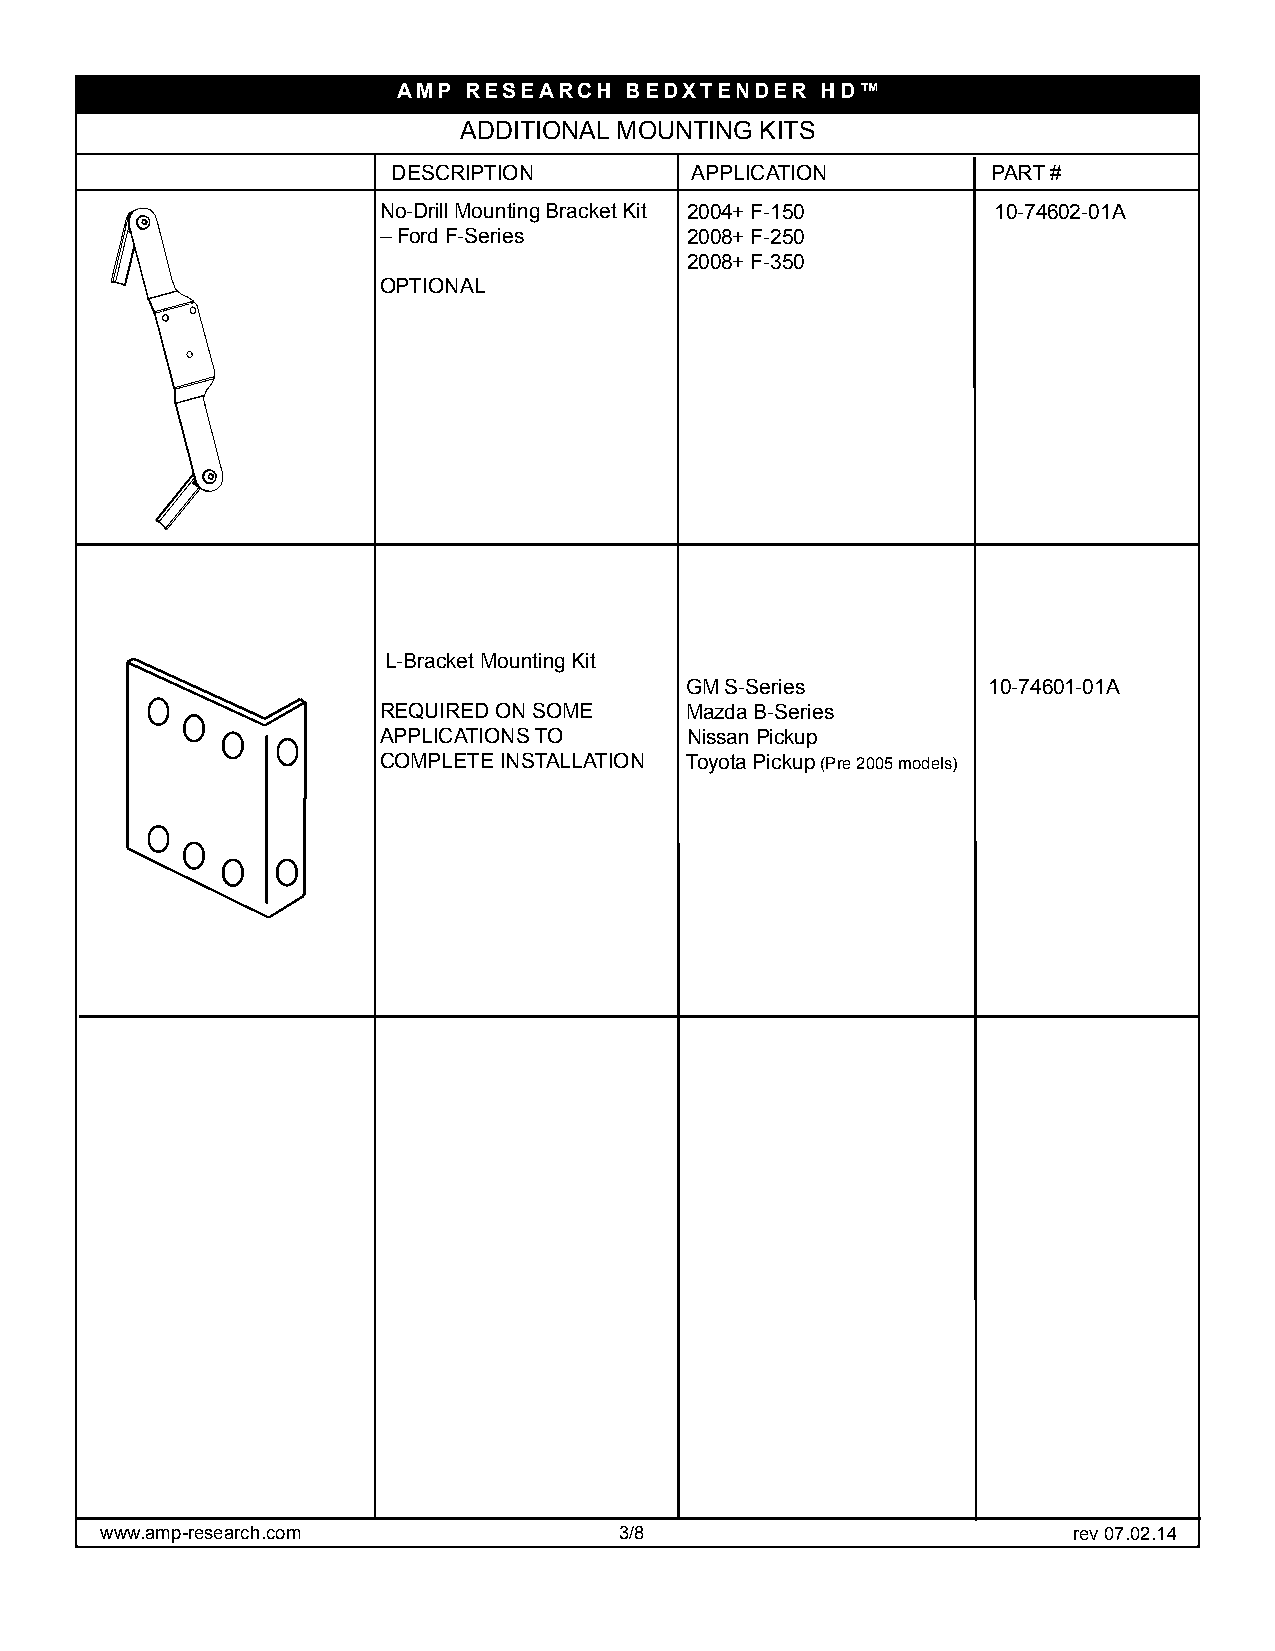
AMP  RESEARCH  BEDXTENDER   HD™
 ADDITIONAL MOUNTING KITS
 DESCRIPTION         APPLICATION         PART #
 No-Drill Mounting Bracket Kit 2004+ F-150 10-74602-01A
 – Ford F-Series     2008+ F-250
 2008+ F-350
 OPTIONAL
 L-Bracket Mounting Kit
 GM S-Series         10-74601-01A
 REQUIRED ON SOME    Mazda B-Series
 APPLICATIONS TO     Nissan Pickup
 COMPLETE INSTALLATION Toyota Pickup (Pre 2005 models)
 www.amp-research.com              3/8                           rev 07.02.14